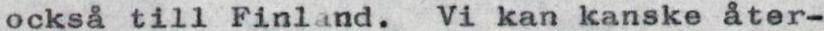
också till Finland. Vi kan kanske åter-